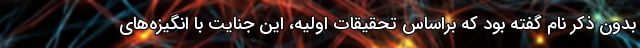
بدون ذکر نام گفته بود که براساس تحقیقات اولیه، این جنایت با انگیزه‌های